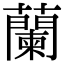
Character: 蘭